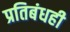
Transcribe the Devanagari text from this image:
प्रतिबंधही